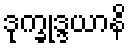
ဒုက္ခုဒ္ဒယာနိ